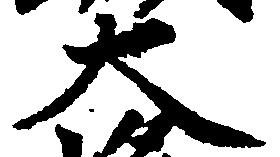
大